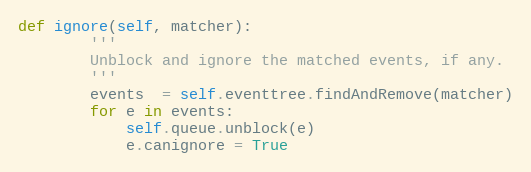
Language: Python
def ignore(self, matcher):
        '''
        Unblock and ignore the matched events, if any.
        '''
        events  = self.eventtree.findAndRemove(matcher)
        for e in events:
            self.queue.unblock(e)
            e.canignore = True